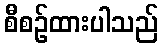
စီစဉ်ထားပါသည်